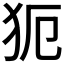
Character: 𤜸